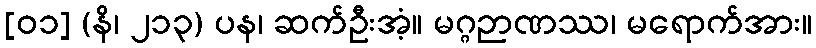
[၀၁] (နိ၊ ၂၁၃) ပန၊ ဆက်ဦးအံ့။ မဂ္ဂဉာဏဿ၊ မရောက်အား။